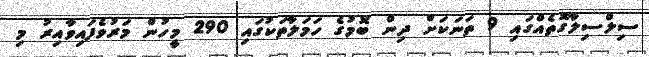
ސިލްސިލާގޮތެއްގައި 9 ތަނަކަށް ދިން ބޮމުގެ ހަމަލާތަކުގައި 290 މީހުން މަރުވެފައިވާއިރު މި